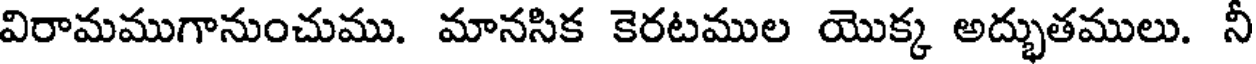
విరామముగానుంచుము. మానసిక కెరటముల యొక్క అద్భుతములు. నీ